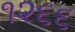
૧૨૬૬